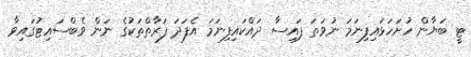
ޓީ ބަޔާން ހުށަހަޅައިފިނަމަ ނުވަތަ ފައިސާ ދައްކައިފިނަމަ އެފަދަ ފަރާތްތަކުގެ ނަން ވެބްސައިޓުގައިވާ